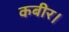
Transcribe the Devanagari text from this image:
कबीर।